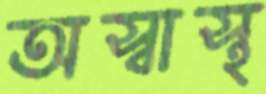
অস্বাস্থ